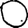
Digit: 0